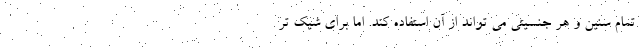
تمام سنین و هر جنسیتی می تواند از آن استفاده کند. اما برای شیک تر